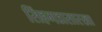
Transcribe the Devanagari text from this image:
सिंहगडासारखा